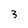
Character: 3